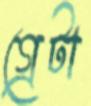
গ্রেটা